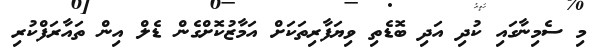
މި ސެމިނާގައި ކުދި އަދި ބޮޑެތި ވިޔަފާރިތަކަށް އަމާޒުކޮށްގެން ޑެލް އިން ތައާރަފްކުރި